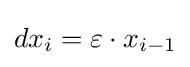
dx_{i}=\varepsilon \cdot x_{i-1}